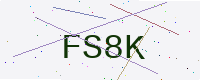
Text: FS8K